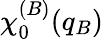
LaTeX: \chi_{0}^{(B)}(q_{B})